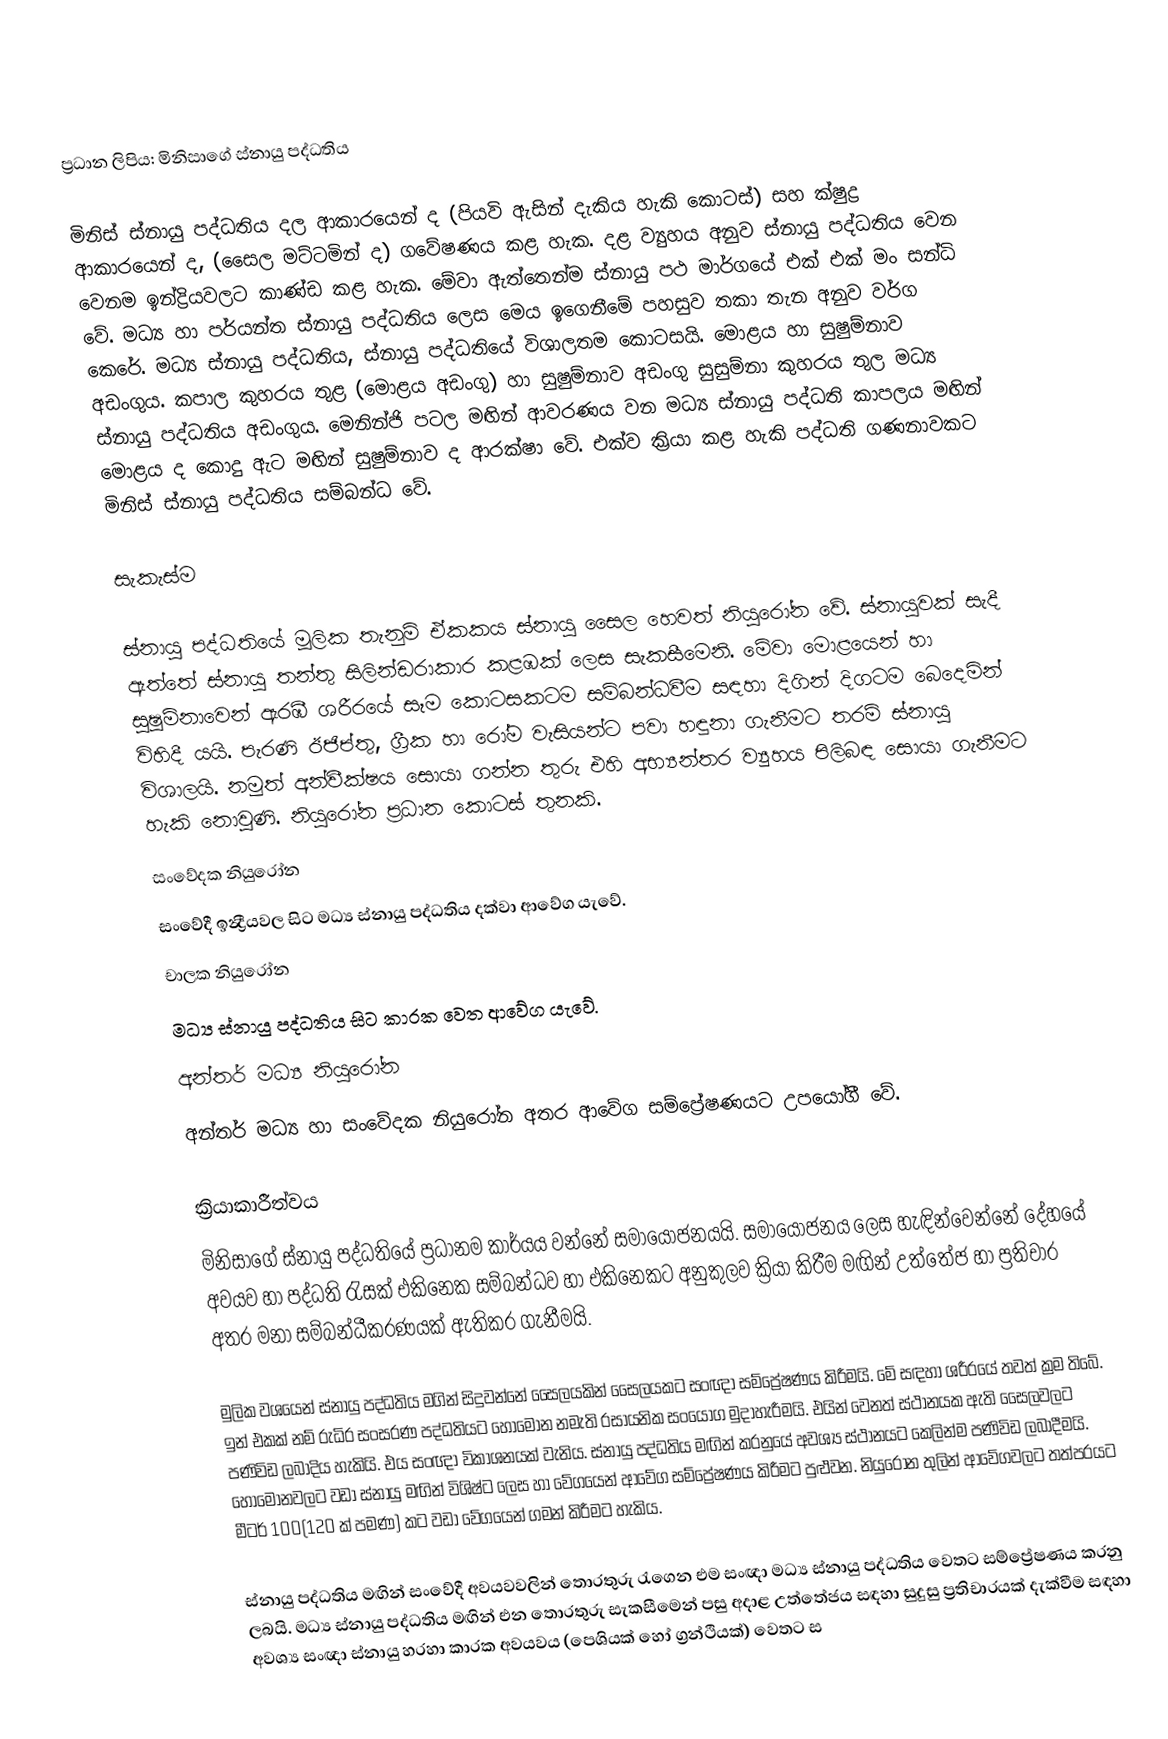
ප්‍රධාන ලිපිය: මිනිසාගේ ස්නායු පද්ධතිය

මිනිස් ස්නායු පද්ධතිය දල ආකාරයෙන් ද (පියවි ඇසින් දැකිය හැකි කොටස්) සහ ක්ෂුද්‍ර ආකාරයෙන් ද, (සෛල මට්ටමින් ද) ගවේෂණය කළ හැක. දළ ව්‍යුහය අනුව ස්නායු පද්ධතිය වෙන වෙනම ඉන්ද්‍රියවලට කාණ්ඩ කළ හැක. මේවා ඇත්තෙන්ම ස්නායු පථ මාර්ගයේ එක් එක් මං සන්ධි වේ. මධ්‍ය හා පර්යන්ත ස්නායු පද්ධතිය ලෙස මෙය ඉගෙනීමේ පහසුව තකා තැන අනුව වර්ග කෙරේ. මධ්‍ය ස්නායු පද්ධතිය, ස්නායු පද්ධතියේ විශාලතම කොටසයි. මොළය හා සුෂුම්නාව අඩංගුය. කපාල කුහරය තුළ (මොළය අඩංගු) හා සුෂුම්නාව අඩංගු සුසුම්නා කුහරය තුල මධ්‍ය ස්නායු පද්ධතිය අඩංගුය. මෙනින්ජි පටල මඟින් ආවරණය වන මධ්‍ය ස්නායු පද්ධති කාපලය මඟින් මොළය ද කොදු ඇට මඟින් සුෂුම්නාව ද ආරක්ෂා වේ. එක්ව ක්‍රියා කළ හැකි පද්ධති ගණනාවකට මිනිස් ස්නායු පද්ධතිය සම්බන්ධ ‍වේ.

සැකැස්ම

ස්නායු පද්ධතියේ මූලික තැනුම් ඒකකය ස්නායු සෛල හෙවත් නියුරෝන වේ. ස්නායුවක් සැදී ඇත්තේ ස්නායු තන්තු සිලින්ඩරාකාර කළඹක් ලෙස සැකසීමෙනි. මේවා මොළයෙන් හා සුෂුම්නාවෙන් ඇරඹී ශරීරයේ සෑම කොටසකටම සම්බන්ධවීම සඳහා දිගින් දිගටම බෙදෙමින් විහිදී යයි. පැරණි ඊජිප්තු, ග්‍රීක හා රෝම වැසියන්ට පවා හඳුනා ගැනීමට තරම් ස්නායු විශාලයි. නමුත් අන්වීක්ෂය සොයා ගන්න තුරු එහි අභ්‍යන්තර ව්‍යුහය පිලිබඳ සොයා ගැනීමට හැකි නොවුණි.  නියුරෝන ප්‍රධාන කොටස් තුනකි.
 සංවේදක නියුරෝන
සංවේදී ඉන්‍ද්‍රීයවල සිට මධ්‍ය ස්නායු පද්ධතිය දක්වා ආවේග යැවේ.
 චාලක නියුරෝන
 මධ්‍ය ස්නායු පද්ධතිය සිට කාරක වෙත ආවේග යැවේ.
 අන්තර් මධ්‍ය නියුරෝන
 අන්තර් මධ්‍ය හා සංවේදක නියුරෝන අතර ආවේග සම්ප්‍රේෂණයට උපයෝගී වේ.

ක්‍රියාකාරීත්වය
මිනිසාගේ ස්නායු පද්ධතියේ ප්‍රධානම කාර්යය වන්නේ සමායෝජනයයි. සමායෝජනය ලෙස හැඳින්වෙන්නේ දේහයේ අවයව හා පද්ධති රැසක් එකිනෙක සම්බන්ධව හා එකිනෙකට අනුකුලව ක්‍රියා කිරීම මඟින් උත්තේජ හා ප්‍රතිචාර අතර මනා සම්බන්ධීකරණයක් ඇතිකර ගැනීමයි.

මුලික වශයෙන් ස්නායු පද්ධතිය මගින් සිදුවන්නේ සෛලයකින් සෛලයකට සංඥා සම්ප්‍රේෂණය කිරීමයි. මේ සඳහා ශරීරයේ තවත් ක්‍රම තිබේ. ඉන් එකක් නම් රුධිර සංසරණ පද්ධතියට හෝමෝන නමැති රසායනික සංයෝග මුදාහැරීමයි. එයින් වෙනත් ස්ථානයක ඇති සෛලවලට පණිවිඩ ලබාදිය හැකියි. එය සංඥා විකාශනයක් වැනිය. ස්නායු පද්ධතිය මඟින් කරනුයේ අවශ්‍ය ස්ථානයට කෙලින්ම පණිවිඩ ලබාදීමයි. හෝමෝනවලට වඩා ස්නායු මඟින් විශිෂ්ට ලෙස හා වේගයෙන් ආවේග සම්ප්‍රේෂණය කිරීමට පුළුවන. නියුරෝන තුලින් ආවේගවලට තත්පරයට මීටර් 100(120 ක් පමණ) කට වඩා වේගයෙන් ගමන් කිරීමට හැකිය.

ස්නායු පද්ධතිය මඟින් සංවේදී අවයවවලින් තොරතුරු රැගෙන එම සංඥා මධ්‍ය ස්නායු පද්ධතිය වෙතට සම්ප්‍රේෂණය කරනු ලබයි. මධ්‍ය ස්නායු පද්ධතිය මඟින් එන තොරතුරු සැකසීමෙන් පසු අදාළ උත්තේජය සඳහා සුදුසු ප්‍රතිචාරයක් දැක්වීම සඳහා අවශ්‍ය සංඥා ස්නායු හරහා කාරක අවයවය (පෙශියක් හෝ ග්‍රන්ථියක්) වෙතට ස